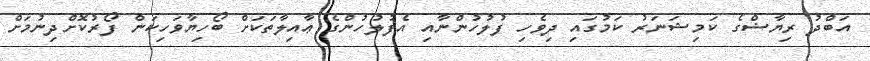
އަބްދު ރިޔާޟްގެ ކަމިޝަނަރު ކަމުގައި ދިވެހި ފުލުހުންނާއި އެފުލުހުންގެ ޢާއިލާތަކަށް ބޯހިޔާވަހިކަން ފޯރުކޮށްދިނުމަށް